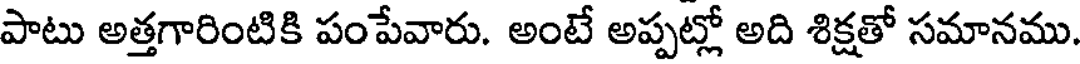
పాటు అత్తగారింటికి పంపేవారు. అంటే అప్పట్లో అది శిక్షతో సమానము.